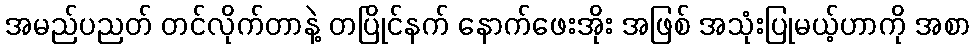
အမည်ပညတ် တင်လိုက်တာနဲ့ တပြိုင်နက် နောက်ဖေးအိုး အဖြစ် အသုံးပြုမယ့်ဟာကို အစာ